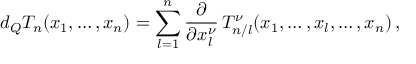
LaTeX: d _ { Q } T _ { n } ( x _ { 1 } , \ldots , x _ { n } ) = \sum _ { l = 1 } ^ { n } \frac { \partial } { \partial x _ { l } ^ { \nu } } \, T _ { n / l } ^ { \nu } ( x _ { 1 } , \ldots , x _ { l } , \ldots , x _ { n } ) \, ,